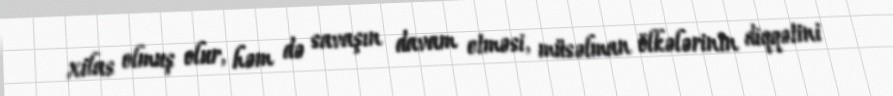
xilas olmuş olur, həm də savaşın davam etməsi, müsəlman ölkələrinin diqqətini